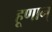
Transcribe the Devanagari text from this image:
हूणान्‌